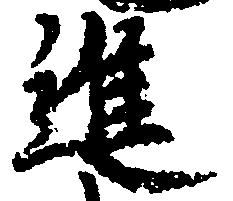
進